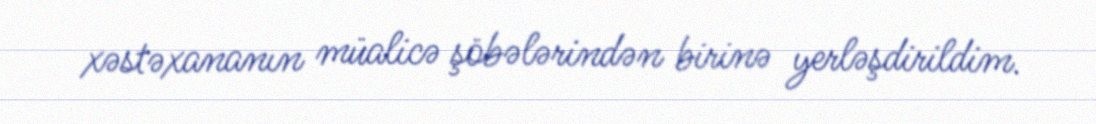
xəstəxananın müalicə şöbələrindən birinə yerləşdirildim.